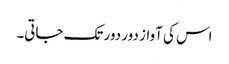
اس کی آواز دور دور تک جاتی۔